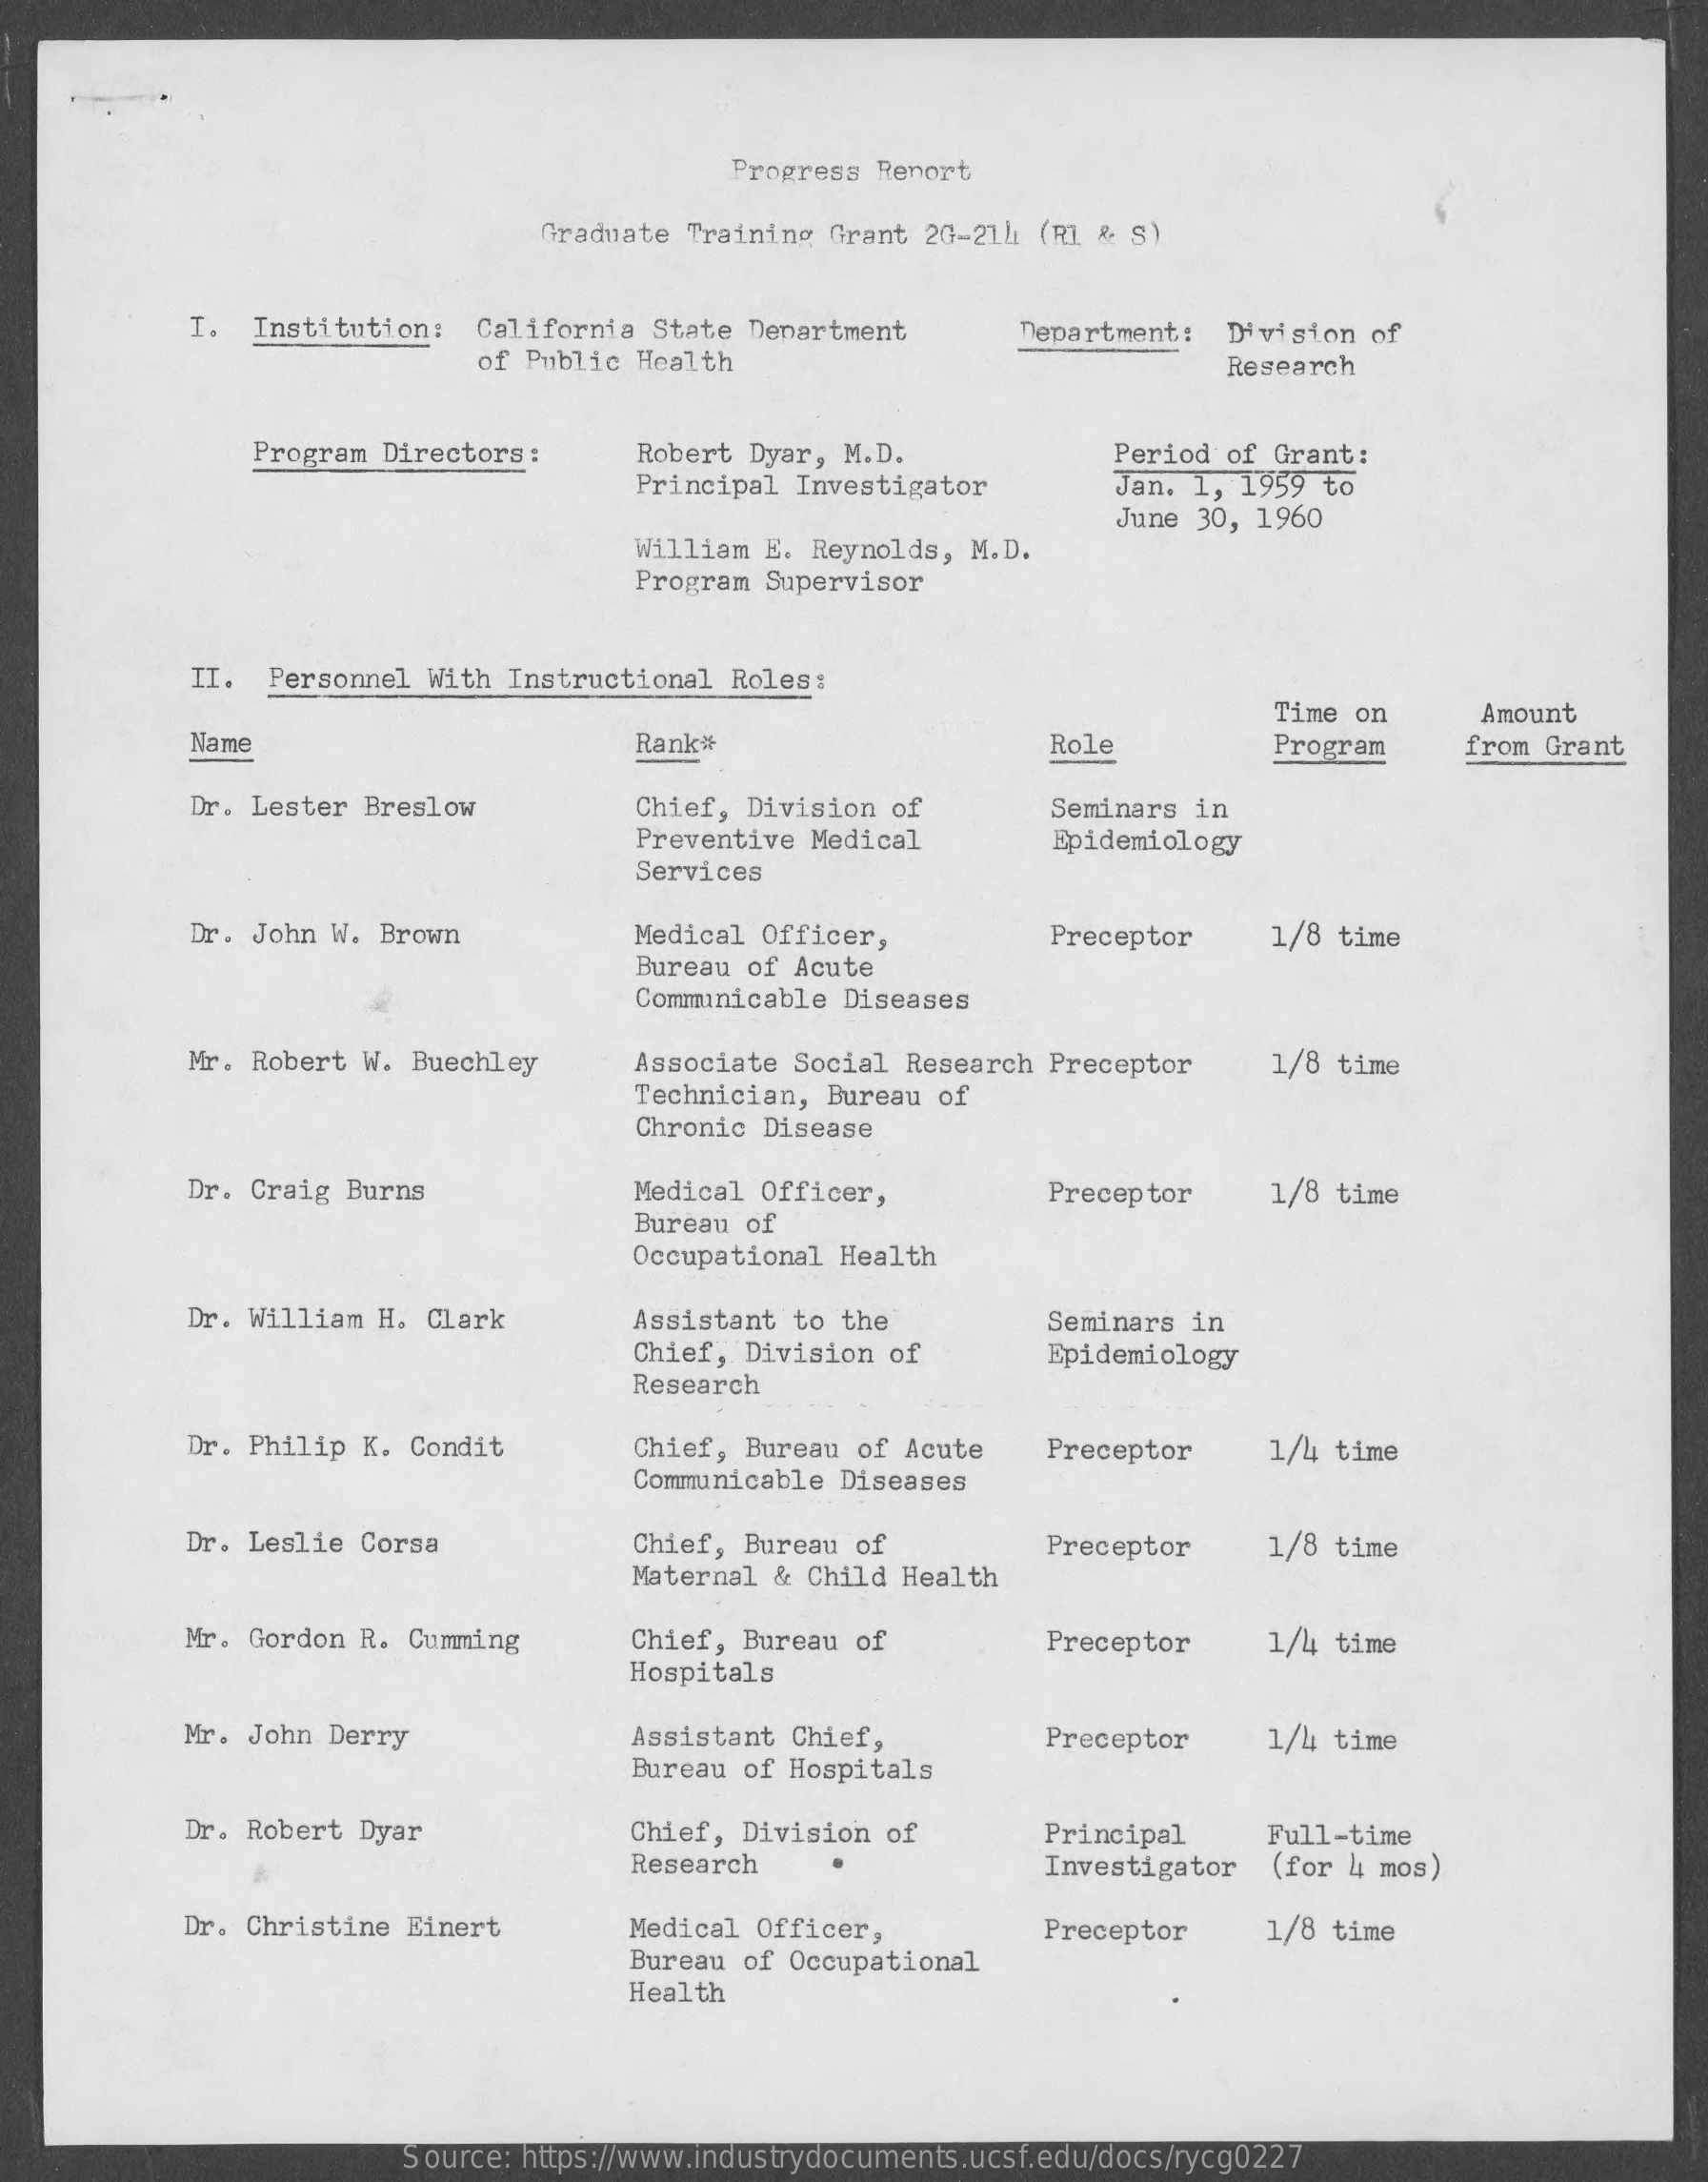
Progress Report
     Graduate Training Grant 2G-21h (RI & S)
     I. Institution: California State Department Department: Division of
     of Public Health    Research
     Program Directors: Robert Dyar, M.D.    Period of Grant:
     Principal Investigator Jan. 1, 1959 to
     June 30, 1960
     William E. Reynolds, M.D.
     Program Supervisor
     II. Personnel With Instructional Roles :
     Time on    Amount
     Name    Rank*    Role    Program   from Grant
     Dr. Lester Breslow    Chief, Division of  Seminars in
     Preventive Medical  Epidemiology
     Services
     Dr. John W. Brown    Medical Officer,    Preceptor  1/8 time
     Bureau of Acute
     Communicable Diseases
     Mr. Robert W. Buechley Associate Social Research Preceptor 1/8 time
     Technician, Bureau of
     Chronic Disease
     Dr. Craig Burns    Medical Officer,    Preceptor  1/8 time
     Bureau of
     Occupational Health
     Dr. William H. Clark  Assistant to the    Seminars in
     Chief, Division of  Epidemiology
     Research
     Dr. Philip K. Condit  Chief, Bureau of Acute Preceptor 1/4 time
     Communicable Diseases
     Dr. Leslie Corsa    Chief, Bureau of    Preceptor  1/8 time
     Maternal & Child Health
     Mr. Gordon R. Cumming Chief, Bureau of    Preceptor  1/4 time
     Hospitals
     Mr. John Derry    Assistant Chief,    Preceptor  1/4 time
     Bureau of Hospitals
     Dr. Robert Dyar    Chief, Division of  Principal  Full-time
     Research    Investigator (for 4 mos)
     Dr. Christine Einert  Medical Officer,    Preceptor  1/8 time
     Bureau of Occupational
     Health
     Source: https://www.industrydocuments.ucsf.edu/docs/rycg0227